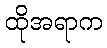
ထိုအရာက